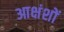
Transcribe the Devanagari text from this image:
आक्षंशों